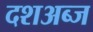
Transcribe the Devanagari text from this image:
दशअब्ज